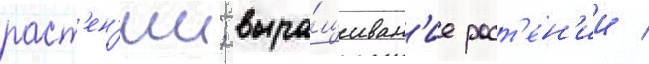
раст'ен'ии; выра́щиван'ие раст'ен'ии /